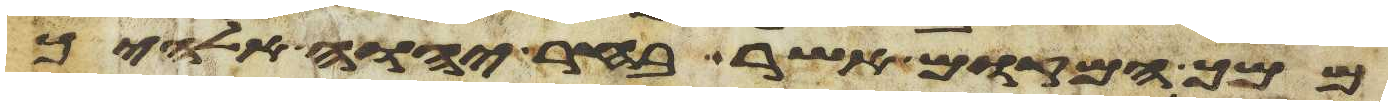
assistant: ממך המקום אשר בחר יהוה אלהיך